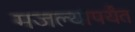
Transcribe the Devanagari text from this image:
मजल्यांपर्यंत